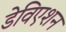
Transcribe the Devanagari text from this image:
डेविएशन